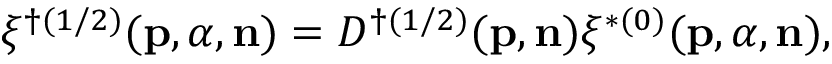
\xi ^ { \dag ( 1 / 2 ) } ( { \bf p } , { \alpha } , { \bf n } ) = D ^ { \dag ( 1 / 2 ) } ( { \bf p } , { \bf n } ) \xi ^ { \ast ( 0 ) } ( { \bf p } , { \alpha } , { \bf n } ) ,